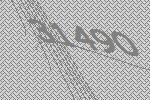
31490